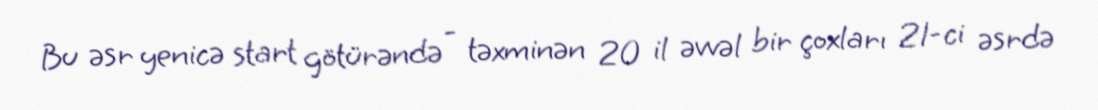
Bu əsr yenicə start götürəndə - təxminən 20 il əvvəl bir çoxları 21-ci əsrdə